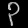
Digit: ၃